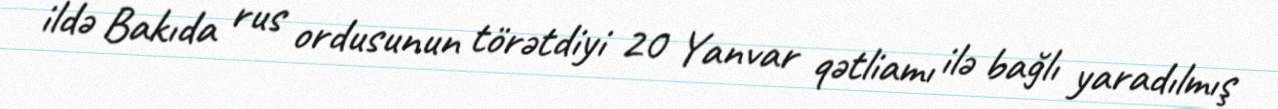
ildə Bakıda rus ordusunun törətdiyi 20 Yanvar qətliamı ilə bağlı yaradılmış